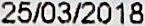
25/03/2018